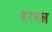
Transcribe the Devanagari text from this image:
हरदल